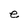
Character: e